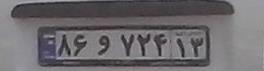
۸۶و۷۲۴۱۳